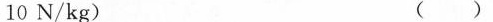
10N/kg) ( )